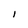
Character: I